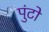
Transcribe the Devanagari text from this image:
पुंटो